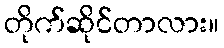
တိုက်ဆိုင်တာလား။